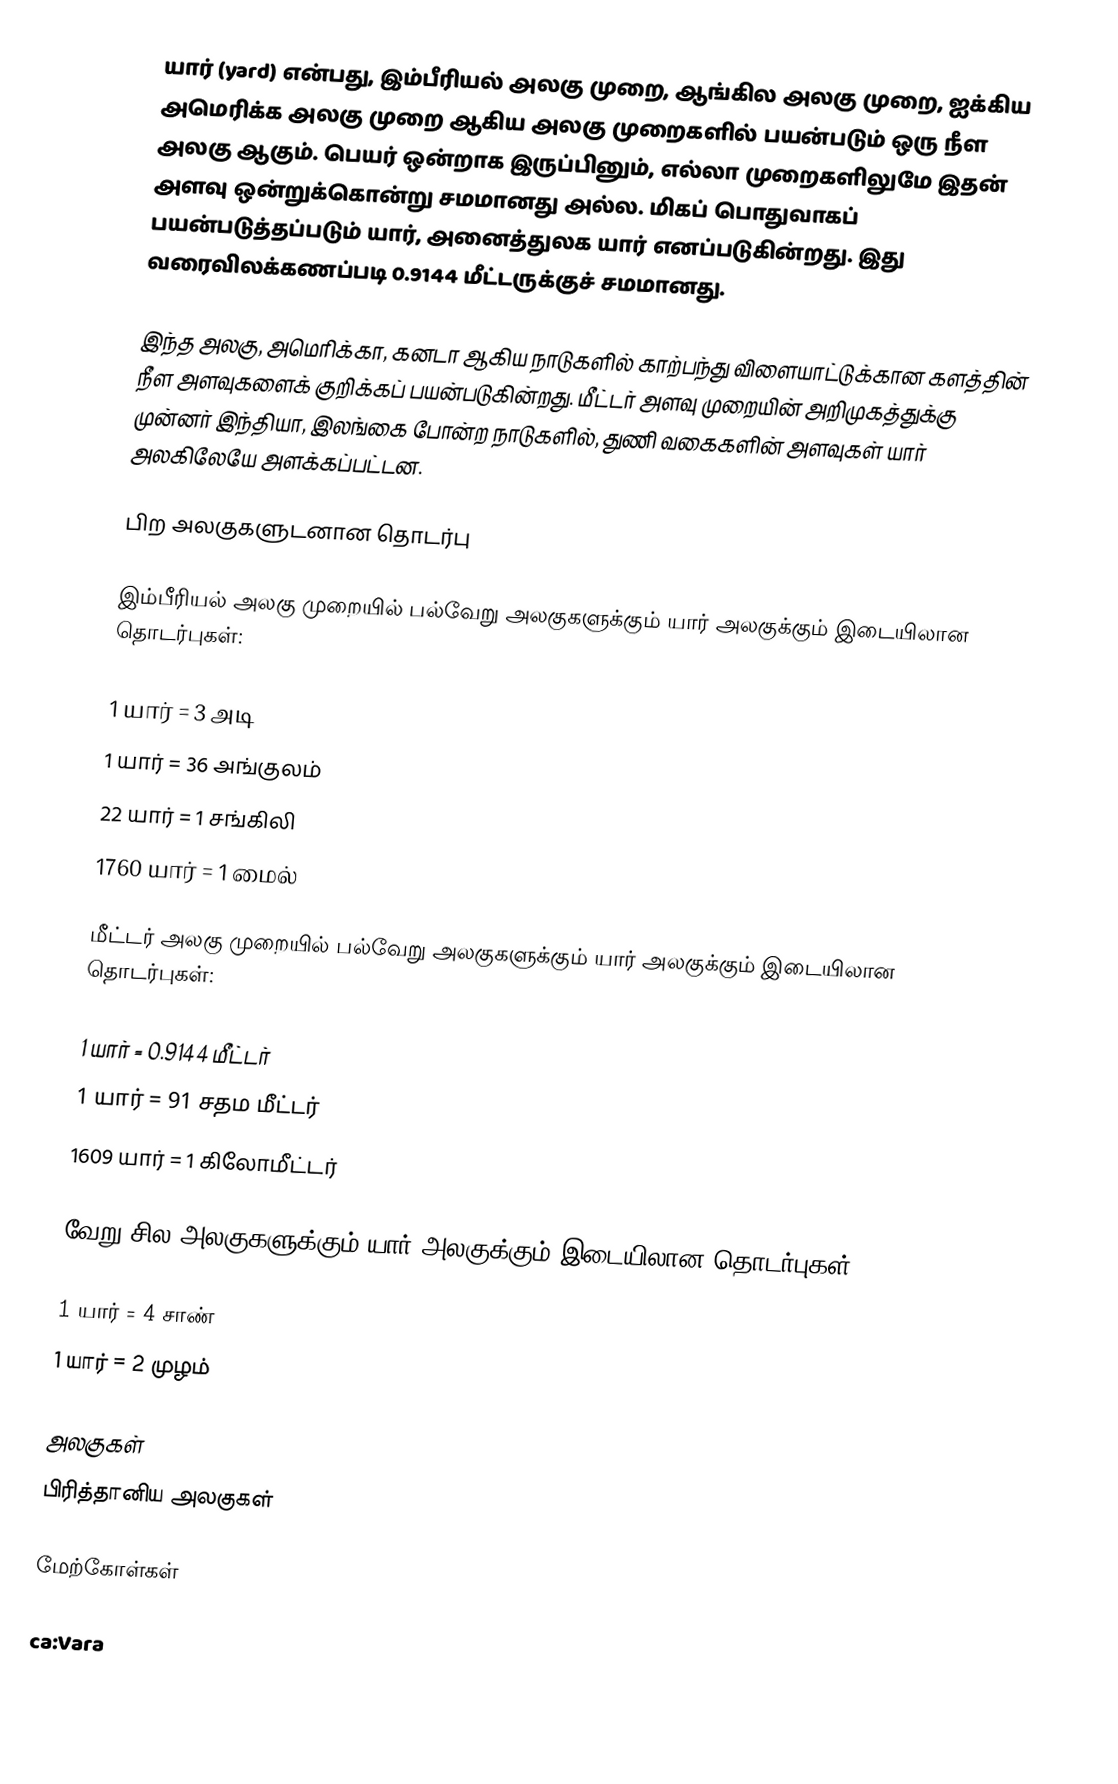
யார் (yard) என்பது, இம்பீரியல் அலகு முறை, ஆங்கில அலகு முறை, ஐக்கிய அமெரிக்க அலகு முறை ஆகிய அலகு முறைகளில் பயன்படும் ஒரு நீள அலகு ஆகும். பெயர் ஒன்றாக இருப்பினும், எல்லா முறைகளிலுமே இதன் அளவு ஒன்றுக்கொன்று சமமானது அல்ல. மிகப் பொதுவாகப் பயன்படுத்தப்படும் யார், அனைத்துலக யார் எனப்படுகின்றது. இது வரைவிலக்கணப்படி 0.9144 மீட்டருக்குச் சமமானது.

இந்த அலகு, அமெரிக்கா, கனடா ஆகிய நாடுகளில் காற்பந்து விளையாட்டுக்கான களத்தின் நீள அளவுகளைக் குறிக்கப் பயன்படுகின்றது. மீட்டர் அளவு முறையின் அறிமுகத்துக்கு முன்னர் இந்தியா, இலங்கை போன்ற நாடுகளில், துணி வகைகளின் அளவுகள் யார் அலகிலேயே அளக்கப்பட்டன.

பிற அலகுகளுடனான தொடர்பு

இம்பீரியல் அலகு முறையில் பல்வேறு அலகுகளுக்கும் யார் அலகுக்கும் இடையிலான தொடர்புகள்:

 1 யார் = 3 அடி
 1 யார் = 36 அங்குலம்
 22 யார் = 1 சங்கிலி
 1760 யார் = 1 மைல்

மீட்டர் அலகு முறையில் பல்வேறு அலகுகளுக்கும் யார் அலகுக்கும் இடையிலான தொடர்புகள்:

 1 யார் = 0.9144 மீட்டர்
 1 யார் = 91 சதம மீட்டர்
 1609 யார் = 1 கிலோமீட்டர்

வேறு சில அலகுகளுக்கும் யார் அலகுக்கும் இடையிலான தொடர்புகள்:

 1 யார் = 4 சாண்
 1 யார் = 2 முழம்

அலகுகள்
பிரித்தானிய அலகுகள்

மேற்கோள்கள்

ca:Vara